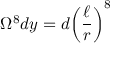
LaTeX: \Omega ^ { 8 } d y = d { \left( \frac { \ell } { r } \right) } ^ { 8 }